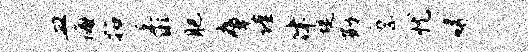
皿海拓黍肥瘴谨律堤勘縻忧碍